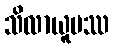
သိလာယူပဿ